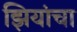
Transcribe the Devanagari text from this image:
झियांचा